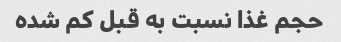
حجم غذا نسبت به قبل کم شده